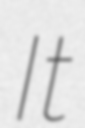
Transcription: It